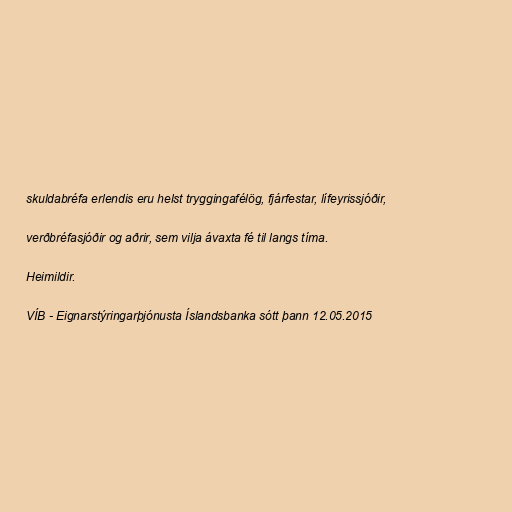
skuldabréfa erlendis eru helst tryggingafélög, fjárfestar, lífeyrissjóðir,

verðbréfasjóðir og aðrir, sem vilja ávaxta fé til langs tíma.

Heimildir.

VÍB - Eignarstýringarþjónusta Íslandsbanka sótt þann 12.05.2015